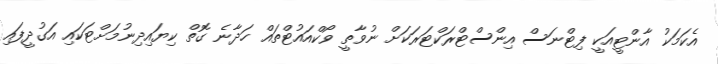
އެކަމަކު އާންޓީއަކީ ފިޓްނަސް އިންސްޓްރަކްޓަރަކަށް ނުވާތީ ވޯކްއައުޓްތައް ހަދާނެ ގޮތް ކިޔައިދިނުމަށްޓަކައި އަގުދީފައި